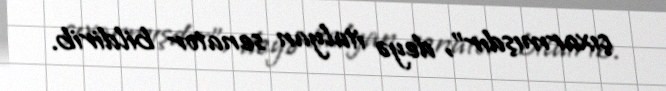
çıxarmışdır”, deyə italyan senator bildirib.